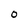
Character: O